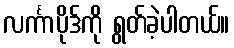
လင်္ကာပိုဒ်ကို ရွတ်ခဲ့ပါတယ်။